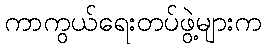
ကာကွယ်ရေးတပ်ဖွဲ့များက